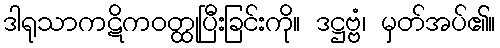
ဒါရုသာကဋိကဝတ္ထုပြီးခြင်းကို။ ဒဋ္ဌဗ္ဗံ၊ မှတ်အပ်၏။